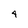
Character: 4